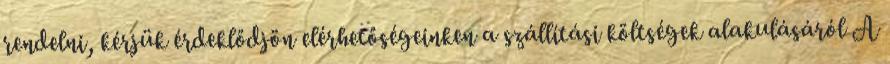
rendelni, kérjük érdeklődjön elérhetőségeinken a szállítási költségek alakulásáról A